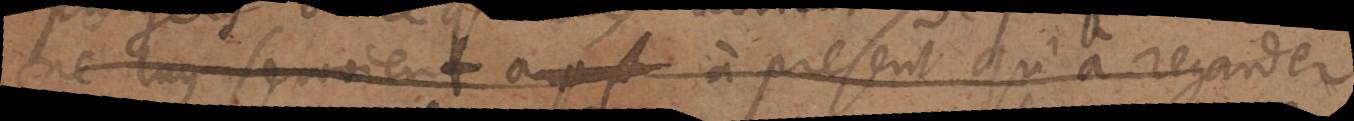
ne luy servoient a pres à present qu’à regarder